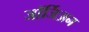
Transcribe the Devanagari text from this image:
जॉर्जिअन